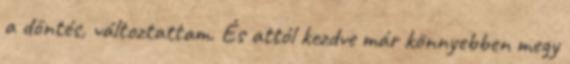
a döntés, változtattam. És attól kezdve már könnyebben megy